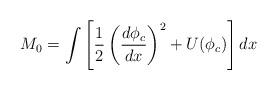
LaTeX: \begin{align*}M_0 = \int \left[ \frac{1}{2}\left(\frac{d\phi_c}{dx}\right)^2 + U(\phi_c)\right] dx\end{align*}